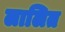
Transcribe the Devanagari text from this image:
लालित